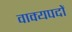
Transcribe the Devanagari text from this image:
वाक्यपदों